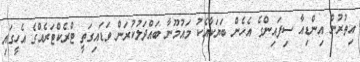
އިތުރުން އިންޑިއާ ސިފައިންގެ އެހެން ބަޔަކާއެކު މައުމޫނާ ބައްދަލުކުރަން ވަޑައިގަތީ ޓްރެކްޓަރެއްގެ އެހީގައި